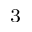
^ 3